Eesti_Peakonsulaat_New_Yorgis, lk 42
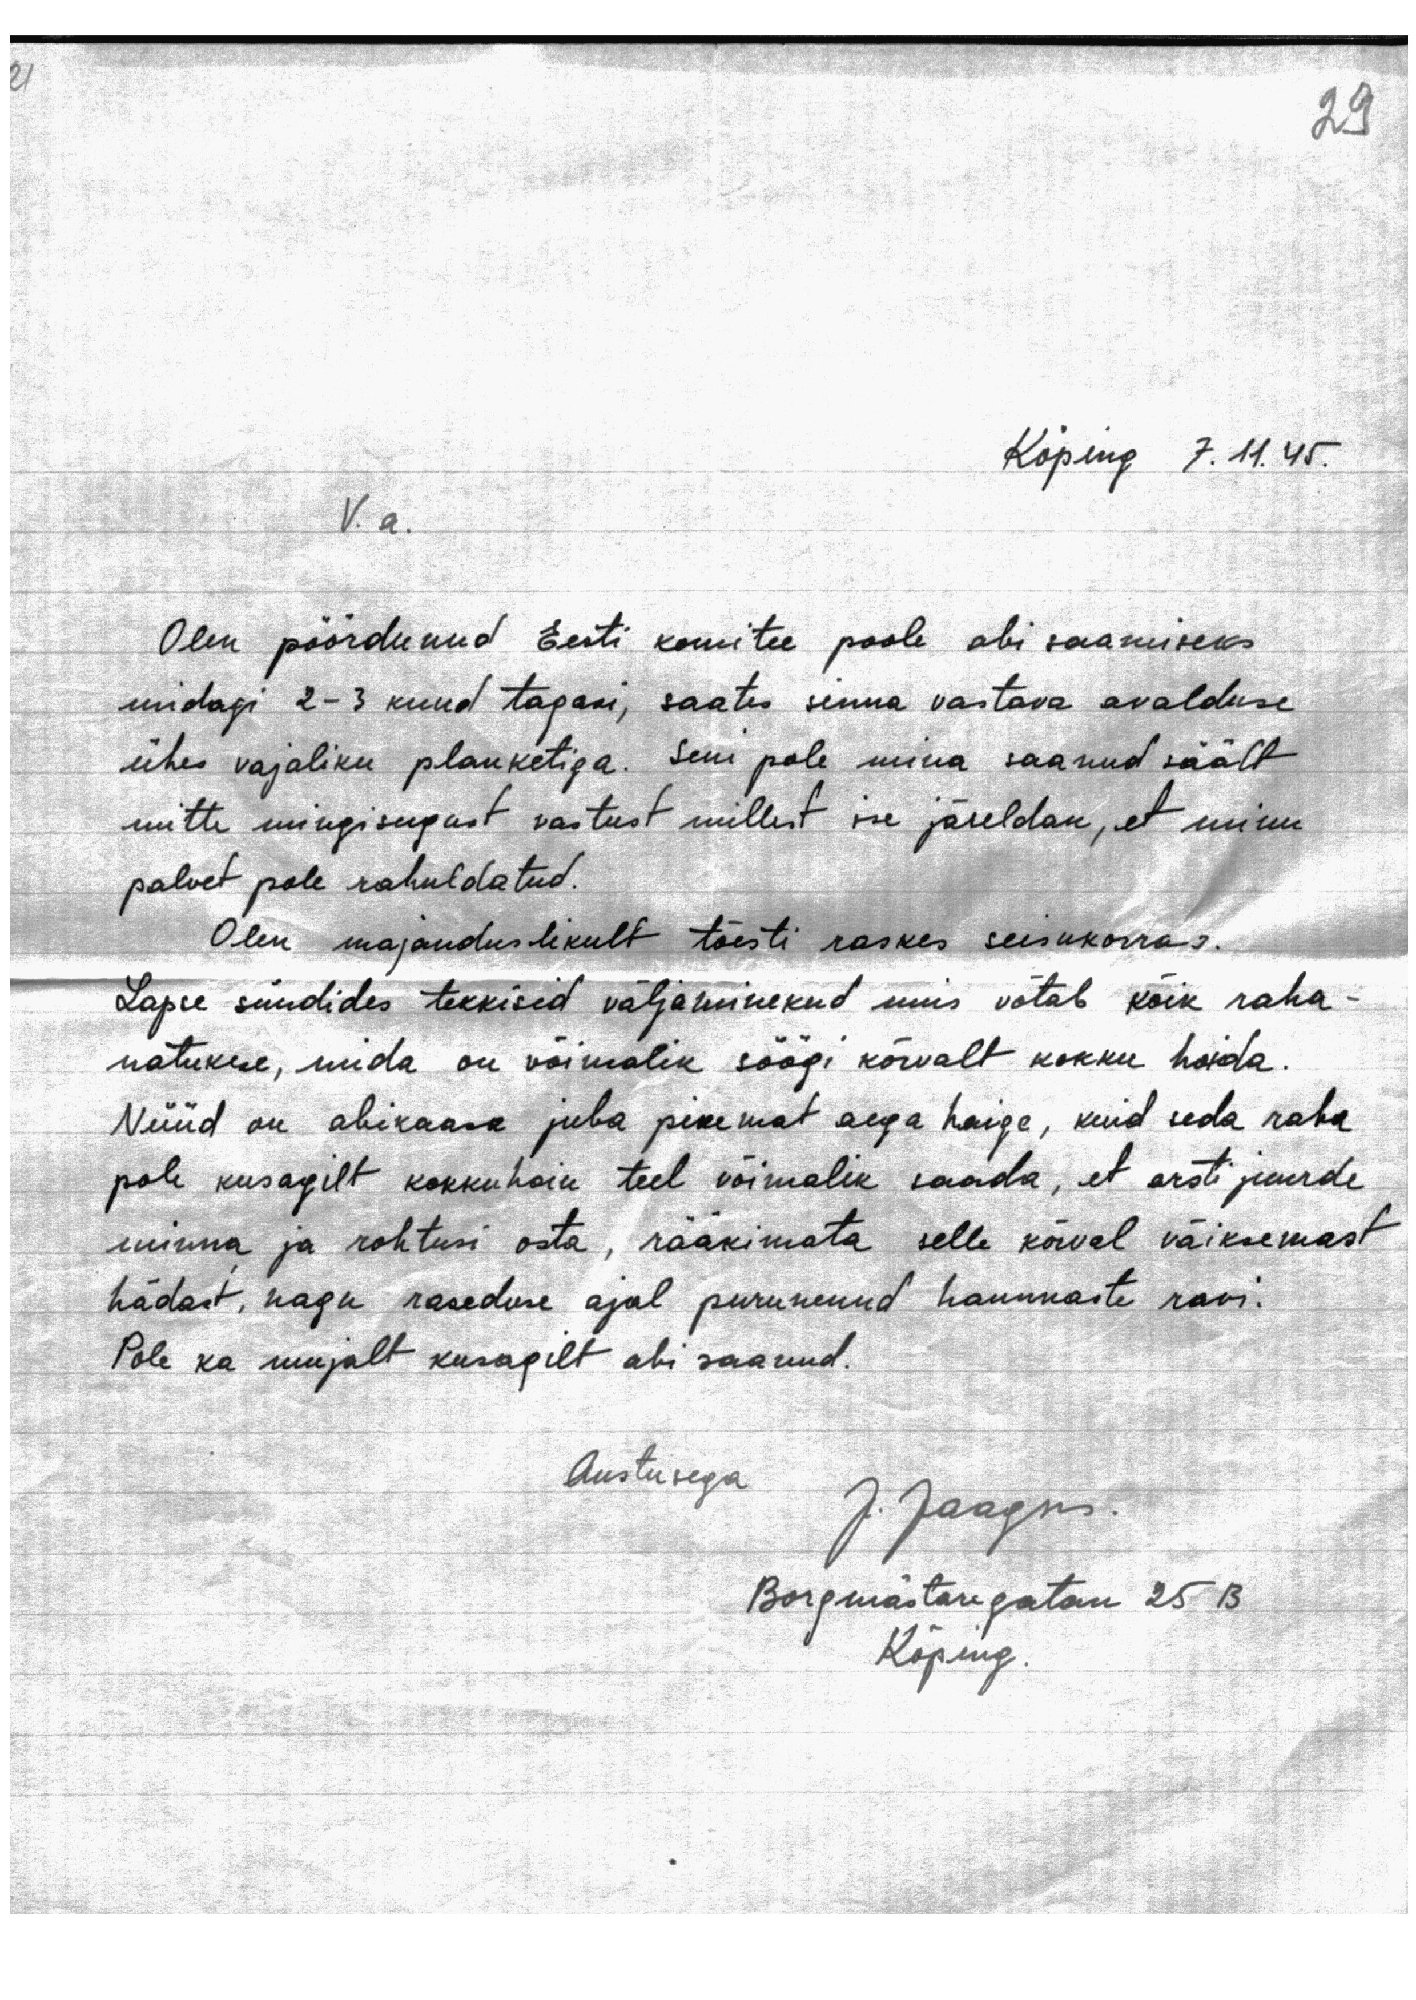
29

Köping 7.11.45.

V.a.

Olen pöördunud Eesti komitee poole abi saamiseks
midagi 2-3 kuud tagasi, saates sinna vastava avalduse
ühes vajaliku planketiga. Seni pole mina saanud säält
mitte mingisugust vastust millest ise järeldan, et minu
palvet pole rahuldatud.
Olen majanduslikult tõesti raskes seisukorras.
Lapse sündides tekkisid väljaminekud mis võtab kõik raha
natukese, mida on võimalik söögi kõrvalt kokku hoida.
Nüüd on abikaasa juba pikemat aega haige, kuid seda raha
pole kusagilt kokkuhoiu teel võimalik saada, et arsti juurde
minna ja rohtusi osta, rääkimata selle kõrval väiksemast
hädast, nagu raseduse ajal purunenud hammaste ravi.
Pole ka mujalt kusagilt abi saanud.
Austusega
J. Jaagus.
Borgmästaregatan 25 B
Köping